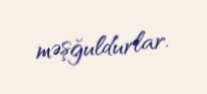
məşğuldurlar.